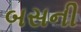
બસની